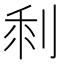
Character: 𠜫